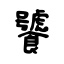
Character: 饕